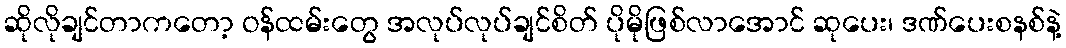
ဆိုလိုချင်တာကတော့ ဝန်ထမ်းတွေ အလုပ်လုပ်ချင်စိတ် ပိုမိုဖြစ်လာအောင် ဆုပေး၊ ဒဏ်ပေးစနစ်နဲ့